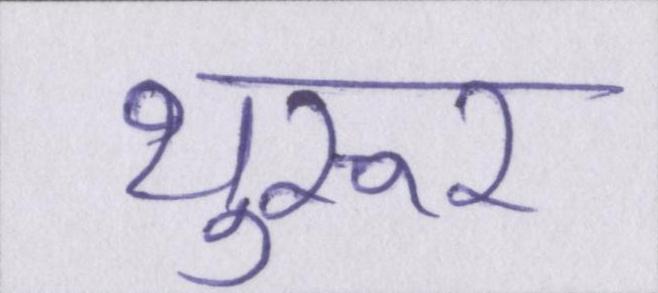
थुरूर